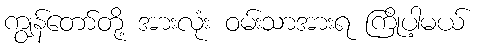
ကျွန်တော်တို့ အားလုံး ဝမ်းသာအားရ ကြိုပါ့မယ်